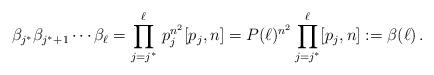
LaTeX: \begin{align*}\beta_{j^*} \beta_{j^*+1}\cdots \beta_{\ell}=\prod_{j=j^*}^{ \ell}\, p_j^{n^2}[p_j,n]=P(\ell)^{n^2}\prod_{j=j^*}^{ \ell}[p_j,n]:=\beta(\ell)\,.\end{align*}